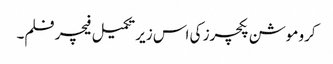
کرو موشن پکچرز کی اس زیر تکمیل فیچر فلم۔